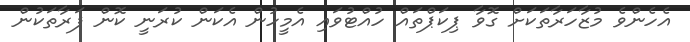
އެހެންވެ މުޒާހަރާތަކަށް ގޮވާ ޕިކަޕްތައް ހުއްޓުވައި އެމީހުން އެކަން ކުރަނީ ކޮން ފަރާތަކުން